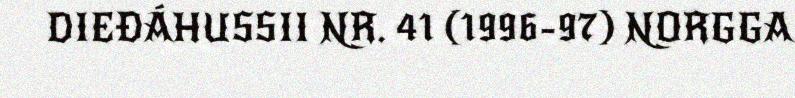
DIEĐÁHUSSII NR. 41 (1996-97) NORGGA